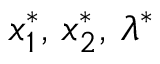
x _ { 1 } ^ { * } , \, x _ { 2 } ^ { * } , \, \lambda ^ { * }